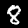
Label: 8